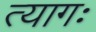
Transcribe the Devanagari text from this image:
त्यागः